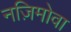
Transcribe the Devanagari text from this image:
नज़िमोवा